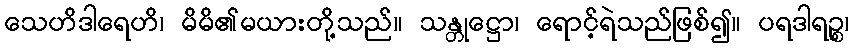
သေဟိဒါရေဟိ၊ မိမိ၏မယားတို့သည်။ သန္တုဋ္ဌော၊ ရောင့်ရဲသည်ဖြစ်၍။ ပရဒါရဉ္စ၊